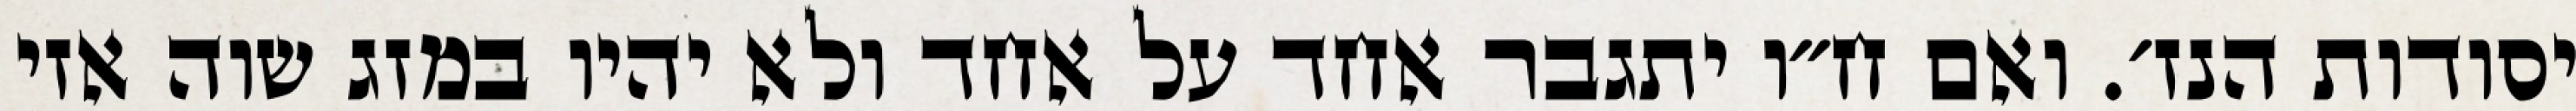
יסודות הנז׳. ואם ח״ו יתגבר אחד על אחד ולא יהיו במזג שוה אזי